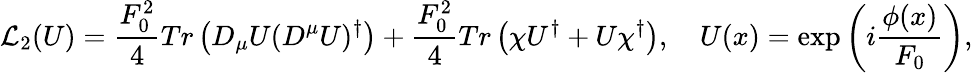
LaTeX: {\cal L}_{2}(U)=\frac{F_{0}^{2}}{4}Tr\left(D_{\mu}U(D^{\mu}U)^{\dagger}\right)+\frac{F_{0}^{2}}{4}Tr\left(\chi U^{\dagger}+U\chi^{\dagger}\right),\quad U(x)=\exp\left(i\frac{\phi(x)}{F_{0}}\right),